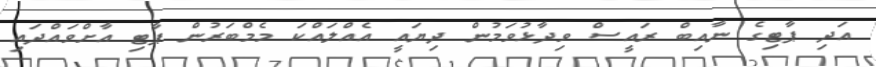
އަދި ޕާޓިގެ ނާއިބް ރައީސް ވިދާޅުވަމުން ދިޔައީ އެއްލައްކަ މެމްބަރުން ޕާޓި އާށްވައްދައި